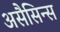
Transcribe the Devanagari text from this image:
असैसिन्स